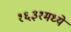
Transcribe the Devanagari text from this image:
१६३१मध्ये